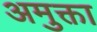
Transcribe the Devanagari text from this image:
अमुक्ता